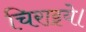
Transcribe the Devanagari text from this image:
चिराइये।